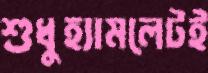
শুধুহ্যামলেটই